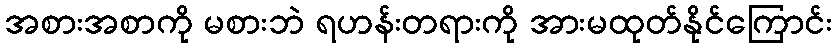
အစားအစာကို မစားဘဲ ရဟန်းတရားကို အားမထုတ်နိုင်ကြောင်း